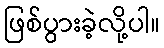
ဖြစ်ပွားခဲ့လို့ပါ။